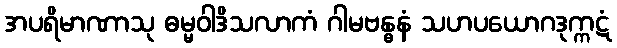
အပရိမာဏာသု ဓမ္မဝါဒိသလာကံ ဂါမဗန္ဓနံ သဟပယောဂဒုက္ကဋံ